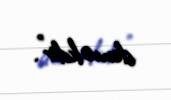
deməkdir”.